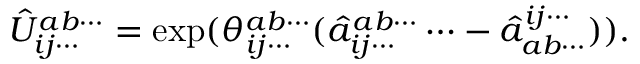
\hat { U } _ { i j \cdots } ^ { a b \cdots } = \exp ( \theta _ { i j \cdots } ^ { a b \cdots } ( \hat { a } _ { i j \cdots } ^ { a b \cdots } \cdots - \hat { a } _ { a b \cdots } ^ { i j \cdots } ) ) .